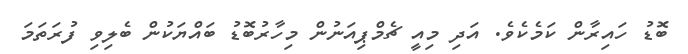
ބޮޑު ހައިރާން ކަމެކެވެ. އަދި މިއީ ޗެމްޕިއަނުން މިހާރުބޮޑު ބައްޔަކުން ބެލިވި ފުރަތަމަ